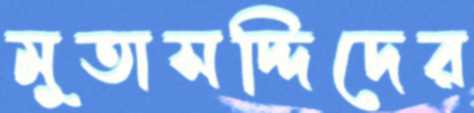
মুতাসদ্দিদের